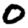
Digit: 0